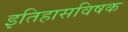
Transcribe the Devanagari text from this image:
इतिहासविषक